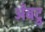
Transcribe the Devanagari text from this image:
अँबटु